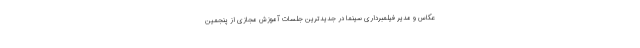
عکاس و مدیر فیلمبرداری سینما در جدیدترین جلسات آموزش مجازی از پنجمین